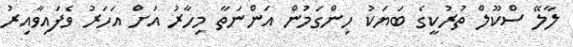
ލާލޭ ސްކޫލް ތުރުކީގެ ބަޔަކު ހިންގަމުން އަންނަތާ މިހާރު އަށް އަހަރު ވެފައިވާއިރު